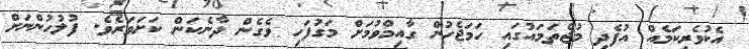
އެކުވެރިކަމެއް އުފެދި މުޖްތަމައުގައި ހަމަޖެހުން ގާއިމްވުމަށް މަގުފަހި ވެގެން ދާނެކަން ކަށަވަރެވެ. ފުލުހުންނަށް